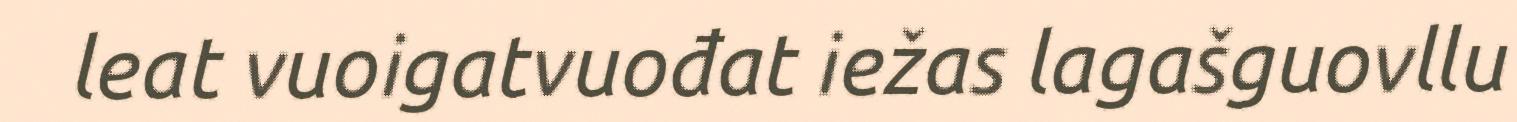
leat vuoigatvuođat iežas lagašguovllu